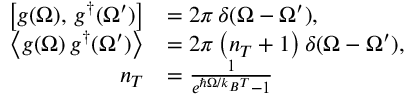
\begin{array} { r l } { \left[ g ( \Omega ) , \, g ^ { \dag } ( \Omega ^ { \prime } ) \right] } & { = 2 \pi \, \delta ( \Omega - \Omega ^ { \prime } ) , } \\ { \left\langle g ( \Omega ) \, g ^ { \dag } ( \Omega ^ { \prime } ) \right\rangle } & { = 2 \pi \left( n _ { T } + 1 \right) \delta ( \Omega - \Omega ^ { \prime } ) , } \\ { n _ { T } } & { = \frac { 1 } { e ^ { \hslash \Omega / k _ { B } T } - 1 } } \end{array}